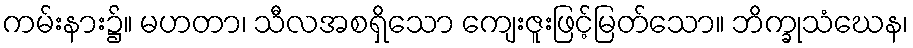
ကမ်းနား၌။ မဟတာ၊ သီလအစရှိသော ကျေးဇူးဖြင့်မြတ်သော။ ဘိက္ခုသံဃေန၊